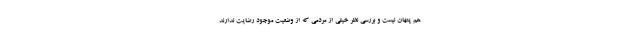
هم پنهان نیست و بررسی نظر خیلی از مردمی که از وضعیت موجود رضایت ندارند